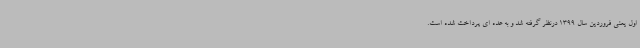
اول یعنی فروردین سال 1399 درنظر گرفته شد و به عده ای پرداخت شده است.